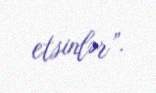
etsinlər”.